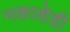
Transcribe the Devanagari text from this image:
नकाशेही